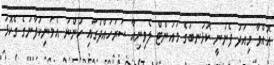
އޮއްވާ މިއަދު ފެނުނީ ކޮޅުނބުގެ މައުންޓް ލެވިނިއާ ސަރަހައްދުގައި ހުންނަ އެމަނިކުފާނުގެ ގެކޮޅު